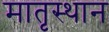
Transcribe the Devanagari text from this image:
मातृस्थान